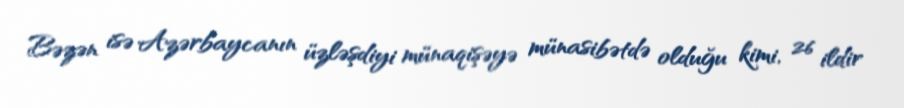
Bəzən isə Azərbaycanın üzləşdiyi münaqişəyə münasibətdə olduğu kimi, 26 ildir